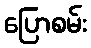
ပြောစမ်း